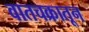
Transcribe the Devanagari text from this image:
वातचक्रातून